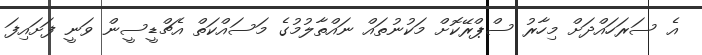
އެ ސަރަހައްދަށް މިހާރު ސްޕްރޭކޮށް މަކުނުތައް ނައްތާލުމުގެ މަސައްކަތް އެޗްޑީސީން ވަނީ ފަށައިފަ